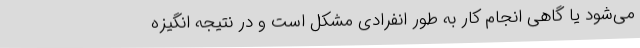
می‌شود یا گاهی انجام کار به طور انفرادی مشکل است و در نتیجه انگیزه